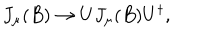
J _ { \mu } ( B ) \rightarrow U J _ { \mu } ( B ) U ^ { \dagger } ,